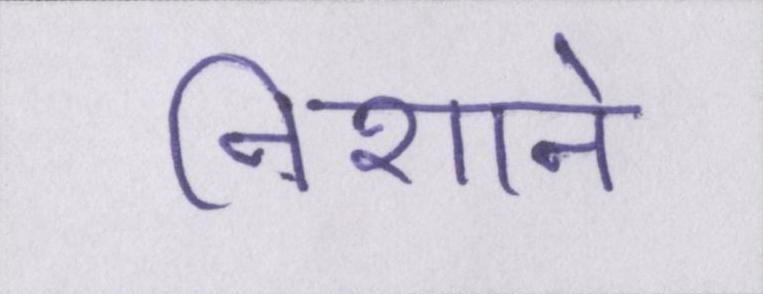
निशाने